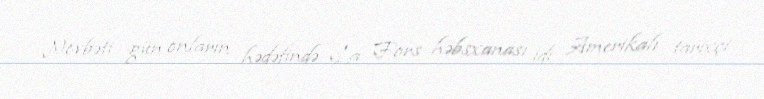
Növbəti gün onların hədəfində La Fors həbsxanası idi. Amerikalı tarixçi